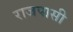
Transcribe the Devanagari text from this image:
राजपासी